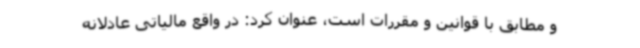
و مطابق با قوانین و مقررات است، عنوان کرد: در واقع مالیاتی عادلانه